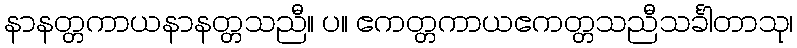
နာနတ္တကာယနာနတ္တသညီ။ ပ။ ဧကတ္တကာယဧကတ္တသညီသင်္ခါတာသု၊